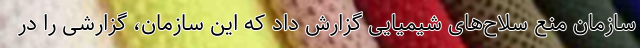
سازمان منع سلاح‌های شیمیایی گزارش داد که این سازمان، گزارشی را در